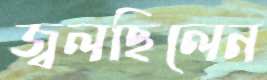
জ্বলছিলেন